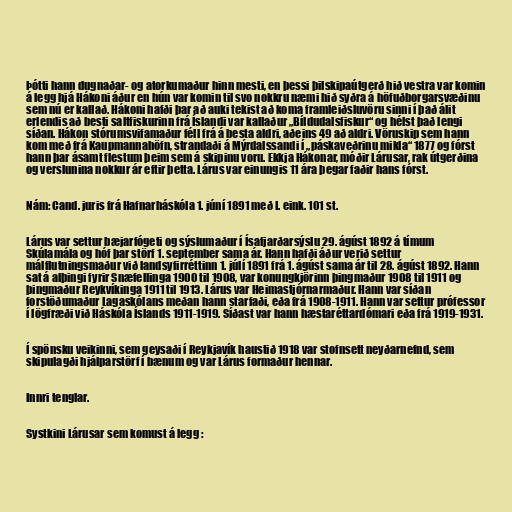
Þótti hann dugnaðar- og atorkumaður hinn mesti, en þessi þilskipaútgerð hið vestra var komin
á legg hjá Hákoni áður en hún var komin til svo nokkru næmi hið syðra á höfuðborgarsvæðinu
sem nú er kallað. Hákoni hafði þar að auki tekist að koma framleiðsluvöru sinni í það álit
erlendis að besti saltfiskurinn frá Íslandi var kallaður „Bíldudalsfiskur“ og hélst það lengi
síðan. Hákon stórumsvifamaður féll frá á besta aldri, aðeins 49 að aldri. Vöruskip sem hann
kom með frá Kaupmannahöfn, strandaði á Mýrdalssandi í „páskaveðrinu mikla“ 1877 og fórst
hann þar ásamt flestum þeim sem á skipinu voru. Ekkja Hákonar, móðir Lárusar, rak útgerðina
og verslunina nokkur ár eftir þetta. Lárus var einungis 11 ára þegar faðir hans fórst.

Nám: Cand. juris frá Hafnarháskóla 1. júní 1891 með I. eink. 101 st.

Lárus var settur bæjarfógeti og sýslumaður í Ísafjarðarsýslu 29. ágúst 1892 á tímum
Skúlamála og hóf þar störf 1. september sama ár. Hann hafði áður verið settur
málflutningsmaður við landsyfirréttinn 1. júlí 1891 frá 1. ágúst sama ár til 28. ágúst 1892. Hann
sat á alþingi fyrir Snæfellinga 1900 til 1908, var konungkjörinn þingmaður 1908 til 1911 og
þingmaður Reykvíkinga 1911 til 1913. Lárus var Heimastjórnarmaður. Hann var síðan
forstöðumaður Lagaskólans meðan hann starfaði, eða frá 1908-1911. Hann var settur prófessor
í lögfræði við Háskóla Íslands 1911-1919. Síðast var hann hæstaréttardómari eða frá 1919-1931.

Í spönsku veikinni, sem geysaði í Reykjavík haustið 1918 var stofnsett neyðarnefnd, sem
skipulagði hjálparstörf í bænum og var Lárus formaður hennar.

Innri tenglar.

Systkini Lárusar sem komust á legg :